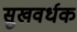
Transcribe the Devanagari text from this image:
सुखवर्धक